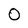
Character: O